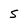
Character: S